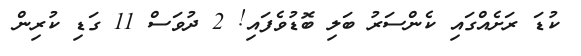
ކުޑަ ރަށެއްގައި ކެންސަރު ބަލި ބޮޑުވެފައި! 2 ދުވަސް 11 ގަޑި ކުރިން